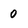
Character: 0